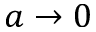
a \to 0